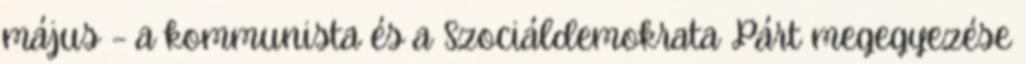
május – a kommunista és a Szociáldemokrata Párt megegyezése